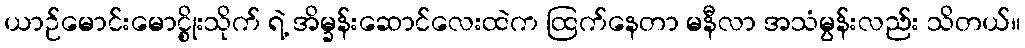
ယာဉ်မောင်းမောင္စိုးသိုက် ရဲ့ အိမ္ခန်းဆောင်လေးထဲက ထြက်နေတာ မနီလာ အသံမွန်းလည်း သိတယ်။